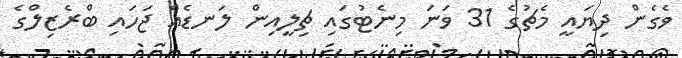
ވެގެން ދިޔައީ މެޗުގެ 31 ވަނަ މިނެޓުގައި ޗިލީއިން ލަނޑެއް ޖަހައި ބްރެޒިލްގެ